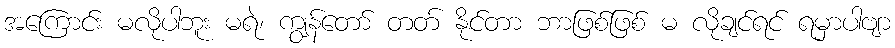
အကြောင်း မလိုပါဘူး မရဲ၊ ကျွန်တော် တတ် နိုင်တာ ဘာဖြစ်ဖြစ် မ လိုချင်ရင် ရမှာပါဗျာ